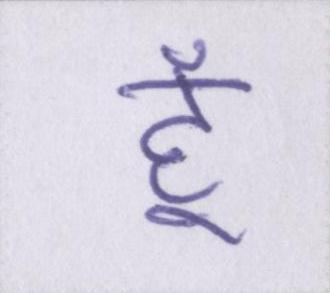
हूँ